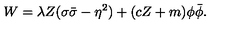
W = \lambda { Z } ( \sigma \bar { \sigma } - \eta ^ { 2 } ) + ( c Z + m ) \phi \bar { \phi } .